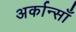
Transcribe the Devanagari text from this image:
अर्कान्साँ